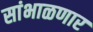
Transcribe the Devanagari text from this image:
सांभाळणार